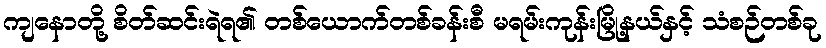
ကျနောတို့ စိတ်ဆင်းရဲရ၏ တစ်ယောက်တစ်ခန်းစီ မရမ်းကုန်းမြို့နယ်နှင့် သံစဉ်တစ်ခု